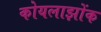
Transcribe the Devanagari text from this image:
कोयलाझोंक